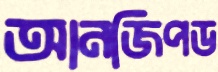
আনজিপড